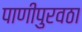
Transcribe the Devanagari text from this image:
पाणीपुरवठा